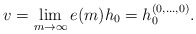
\begin{align*}v = \lim_{m \to \infty} e(m) h_0 = h_0^{(0, \dotsc, 0)}.\end{align*}